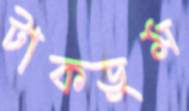
টাকডুম